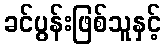
ခင်ပွန်းဖြစ်သူနှင့်